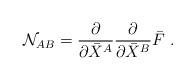
LaTeX: \begin{align*}{\cal N}_{AB}= \frac{\partial}{\partial\bar X^A}\frac{\partial}{\partial\bar X^B}\bar F\ . \end{align*}